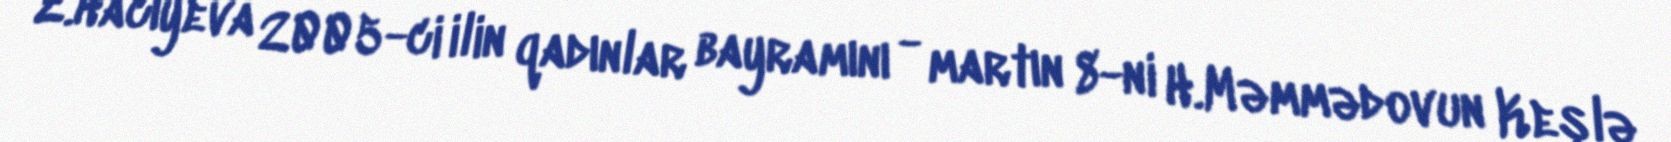
Z.Hacıyeva 2005-ci ilin qadınlar bayramını - martın 8-ni H.Məmmədovun Keşlə